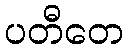
ပတီတေ